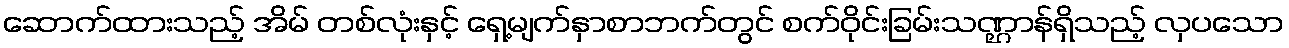
ဆောက်ထားသည့် အိမ် တစ်လုံးနှင့် ရှေ့မျက်နှာစာဘက်တွင် စက်ဝိုင်းခြမ်းသဏ္ဌာန်ရှိသည့် လှပသော